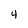
Character: 4